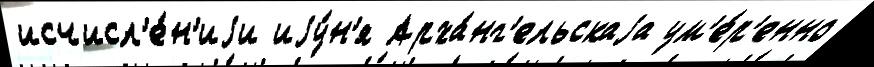
исчисл'е́н'иjи иjу́н'я Арха́нг'ельскаjа ум'е́р'енно